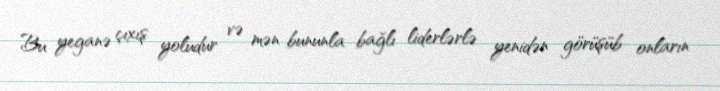
Bu yeganə çıxış yoludur və mən bununla bağlı liderlərlə yenidən görüşüb onların